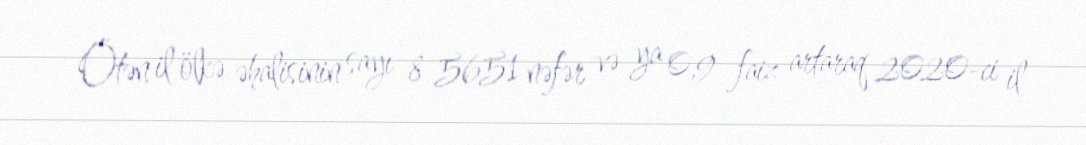
Ötən il ölkə əhalisinin sayı 8 5651 nəfər və ya 0,9 faiz artaraq 2020-ci il